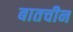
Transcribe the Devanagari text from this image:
बातचीन